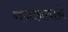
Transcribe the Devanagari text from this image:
गजाननाने